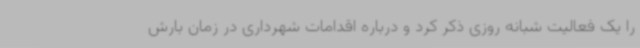
را یک فعالیت شبانه روزی ذکر کرد و درباره اقدامات شهرداری در زمان بارش